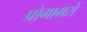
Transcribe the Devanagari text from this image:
प्रोगामरों